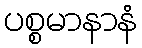
ပစ္စမာနာနံ